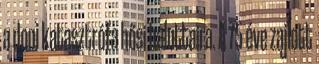
a doni katasztrófa hősi halottaira. A 75 éve zajlott